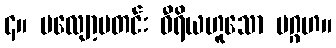
၄။ မလျော့မတင်း ဝီရိယဟူသော ပဂ္ဂဟ။